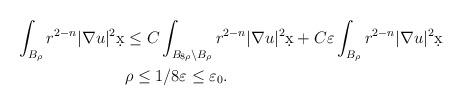
LaTeX: \begin{align*}\int_{B_{\rho}} r^{2-n} |\nabla u|^2 \d x &\leq C \int_{B_{8\rho} \setminus B_{\rho}} r^{2-n} |\nabla u|^2 \d x + C \varepsilon \int_{B_{\rho}} r^{2-n}|\nabla u|^2 \d x\\& \rho \leq 1/8 \varepsilon \leq \varepsilon_0.\end{align*}